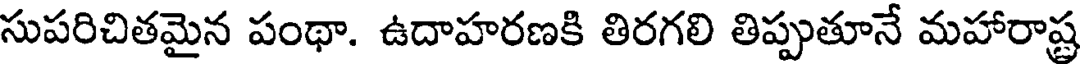
సుపరిచితమైన పంథా. ఉదాహరణకి తిరగలి తిప్పుతూనే మహారాష్ట్ర